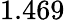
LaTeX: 1.469